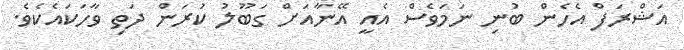
އަޝްރަފް އެހެން ބުނި ނަމަވެސް އެއީ އޭނާއަށް ގަބޫލު ކުރަން ދަތި ވާހަކައެކެވެ.